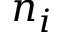
n _ { i }